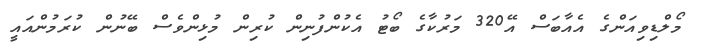
މޯލްޑިވިއަންގެެ އެއާބަސް އޭ320 މަރުކާގެ ބޯޓު އެކުންފުނިން ކުރިން މުޅިންވެސް ބޭނުން ކުރަމުންއައީ